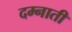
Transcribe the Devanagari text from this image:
दम्नाती